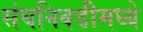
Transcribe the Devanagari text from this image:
संघनिवडीमध्ये